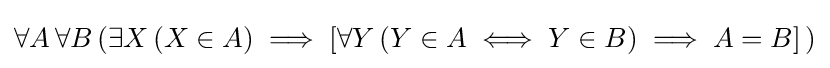
\forall A\,\forall B\,(\exists X\,(X\in A)\implies [\forall Y\,(Y\in A\iff Y\in B)\implies A=B]\,)